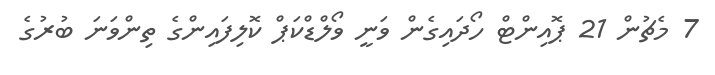
7 މެޗުން 21 ޕޮއިންޓް ހޯދައިގެން ވަނީ ވޯލްޑްކަޕް ކޮލިފައިންގެ ތިންވަނަ ބުރުގެ